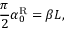
\frac { \pi } { 2 } \alpha _ { 0 } ^ { \mathrm { R } } = \beta L ,